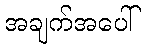
အချက်အပေါ်